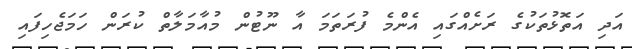
އަދި އަތޮޅުތަކުގެ ރަށެއްގައި އެންމެ ފުރަތަމަ އާ ނޫޓުން މުއާމަލާތް ކުރަން ހަމަޖެހިފައި